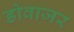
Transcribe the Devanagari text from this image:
डोवाजर